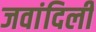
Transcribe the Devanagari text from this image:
जवांदिली